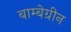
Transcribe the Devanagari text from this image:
बाम्बेग्रीन